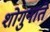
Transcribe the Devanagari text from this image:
शोगुनाते